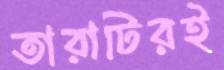
তারাটিরই